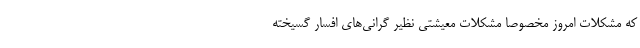
که مشکلات امروز مخصوصاً مشکلات معیشتی نظیر گرانی‌های افسار گسیخته